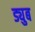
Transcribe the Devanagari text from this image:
ड्युब